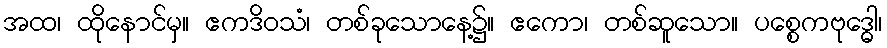
အထ၊ ထိုနောင်မှ။ ဧကဒိဝသံ၊ တစ်ခုသောနေ့၌။ ဧကော၊ တစ်ဆူသော။ ပစ္စေကဗုဒ္ဓေါ၊